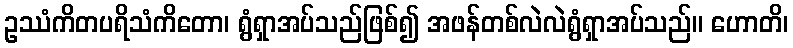
ဥဿံကိတပရိသံကိတော၊ ရွံရှာအပ်သည်ဖြစ်၍ အဖန်တစ်လဲလဲရွံရှာအပ်သည်။ ဟောတိ၊